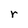
Character: r